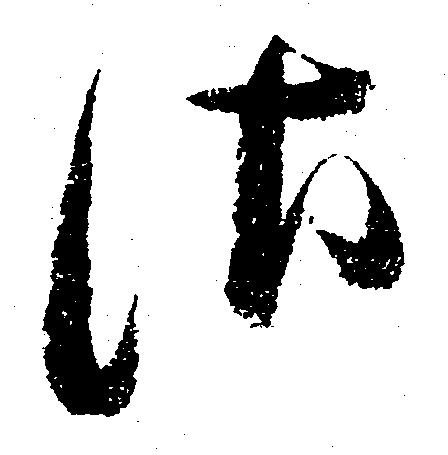
さ